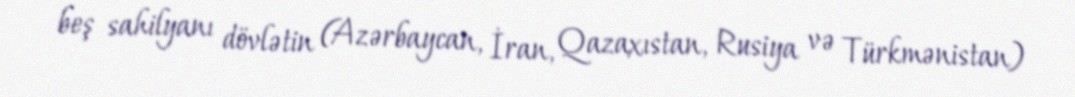
beş sahilyanı dövlətin (Azərbaycan, İran, Qazaxıstan, Rusiya və Türkmənistan)